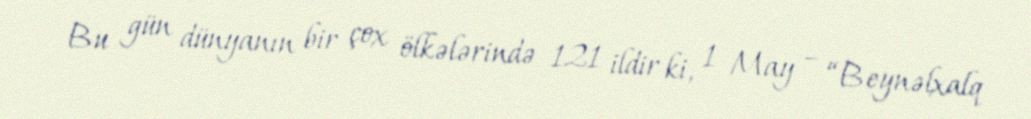
Bu gün dünyanın bir çox ölkələrində 121 ildir ki, 1 May – “Beynəlxalq